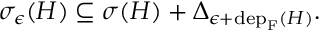
\begin{array} { r } { \sigma _ { \epsilon } ( H ) \subseteq \sigma ( H ) + \Delta _ { \epsilon + \mathrm { d e p } _ { \mathrm { F } } ( H ) } . } \end{array}